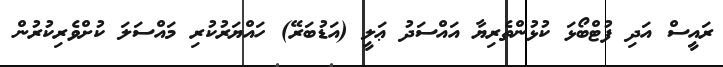
ރައީސް އަދި ފުޓްބޯޅަ ކުޅުންތެރިޔާ އައްސަދު ޢަލީ (އަޑުބަރޭ) ހައްޔަރުކުރި މައްސަލަ ކުށްވެރިކުރުން